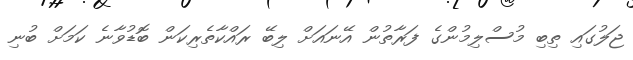
ޖަލުގައި ތިބި މުސްލިމުންގެ ފަރާތުން އޭނައަށް ލިބޭ ރައްކާތެރިކަން ބޮޑުވާނެ ކަމަށް ބުނި